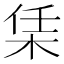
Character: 栠